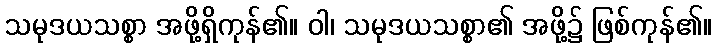
သမုဒယသစ္စာ အဖို့ရှိကုန်၏။ ဝါ၊ သမုဒယသစ္စာ၏ အဖို့၌ ဖြစ်ကုန်၏။